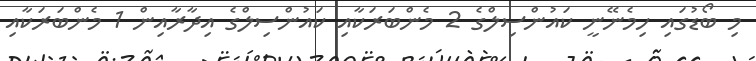
މި ބޯޑުގައި ހިމެނޭނީ ކައުންސިލްގެ 2 މެންބަރަކާއި ކައުންސިލްގެ އިދާރާއިން 1 މެންބަރަކާއި